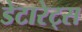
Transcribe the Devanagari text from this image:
डेटारेट्स